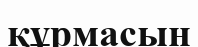
құрмасын